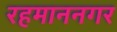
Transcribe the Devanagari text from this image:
रहमाननगर